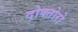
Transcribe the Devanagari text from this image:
दोक्तोरो